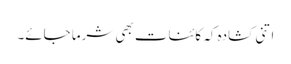
اتنی کشادہ کہ کائنات بھی شرما جائے۔